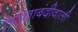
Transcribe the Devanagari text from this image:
तख्ताबंदीवाली